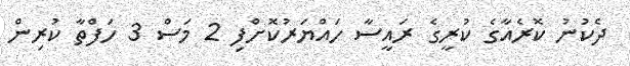
ދެކުނު ކޮރެއާގެ ކުރީގެ ރައީސާ ހައްޔަރުކޮށްފި 2 މަސް 3 ހަފްތާ ކުރިން